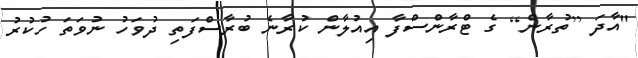
"އާދަ [ތުރާން] ގެ ޓްރާންސްފާ އިއުލާން ކުރާނެ ބުރާސްފަތި ދުވަހު ނުވަތަ ހުކުރު